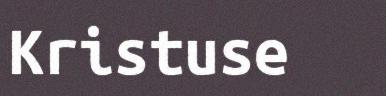
Kristuse